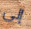
إلى